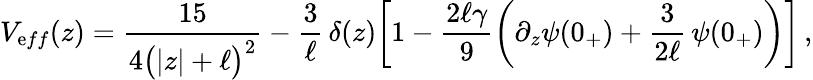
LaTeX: V_{\mathrm{e}ff}(z)=\frac{{15}}{{4\big(|z|+\ell\big)^{2}}}-\frac{{3}}{{\ell}}\, \delta(z)\bigg[1-\frac{{2\ell\gamma}}{{9}}\left(\partial_{z}\psi(0_{+})+\frac{{3}}{{2\ell}}\, \psi(0_{+})\right)\bigg]\, ,